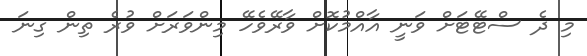
މި ދެ ސްޓޭޓަށް ވަނީ އާއްމުކޮށް ވާރޭވެހޭ މިންވަރަށް ވުރެ ތިން ގިނަ